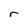
Character: r